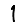
Digit: 1